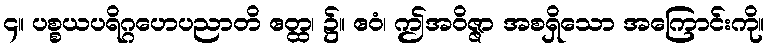
၄။ ပစ္စယပရိဂ္ဂဟေပညာတိ ဧတ္ထ၊ ၌။ ဧဝံ၊ ဤအဝိဇ္ဇာ အစရှိသော အကြောင်းကို။